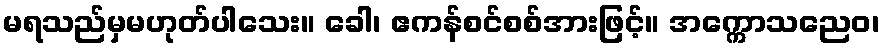
မရသည်မှမဟုတ်ပါသေး။ ခေါ၊ ဧကန်စင်စစ်အားဖြင့်။ အက္ကောသညေဝ၊